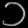
Digit: ၁